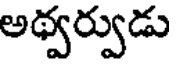
అథ్వర్వుడు